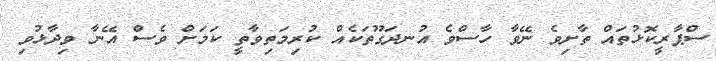
ސްޕާރީކޮޅުތައް ތާށިވެ ނޭވާ ހާސްވެ އުނދަގޫތަކެއް ކުރިމަތިވާތީ ކަމަށް ވެސް އޭނާ ވިދާޅުވި